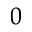
_ 0